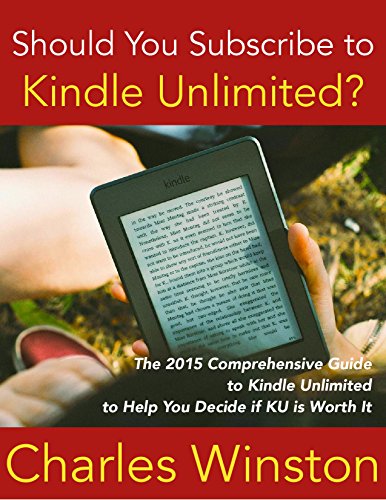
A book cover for Should You Subscribe to Kindle Unlimited?: The 2015 Comprehensive Guide to Kindle Unlimited to Help You Decide if KU is Worth It; Charles Winston; Computers & Technology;